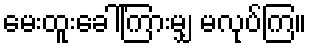
မေးထူးခေါ်ကြားမျှ မလုပ်ကြ။